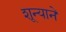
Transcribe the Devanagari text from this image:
शून्याने